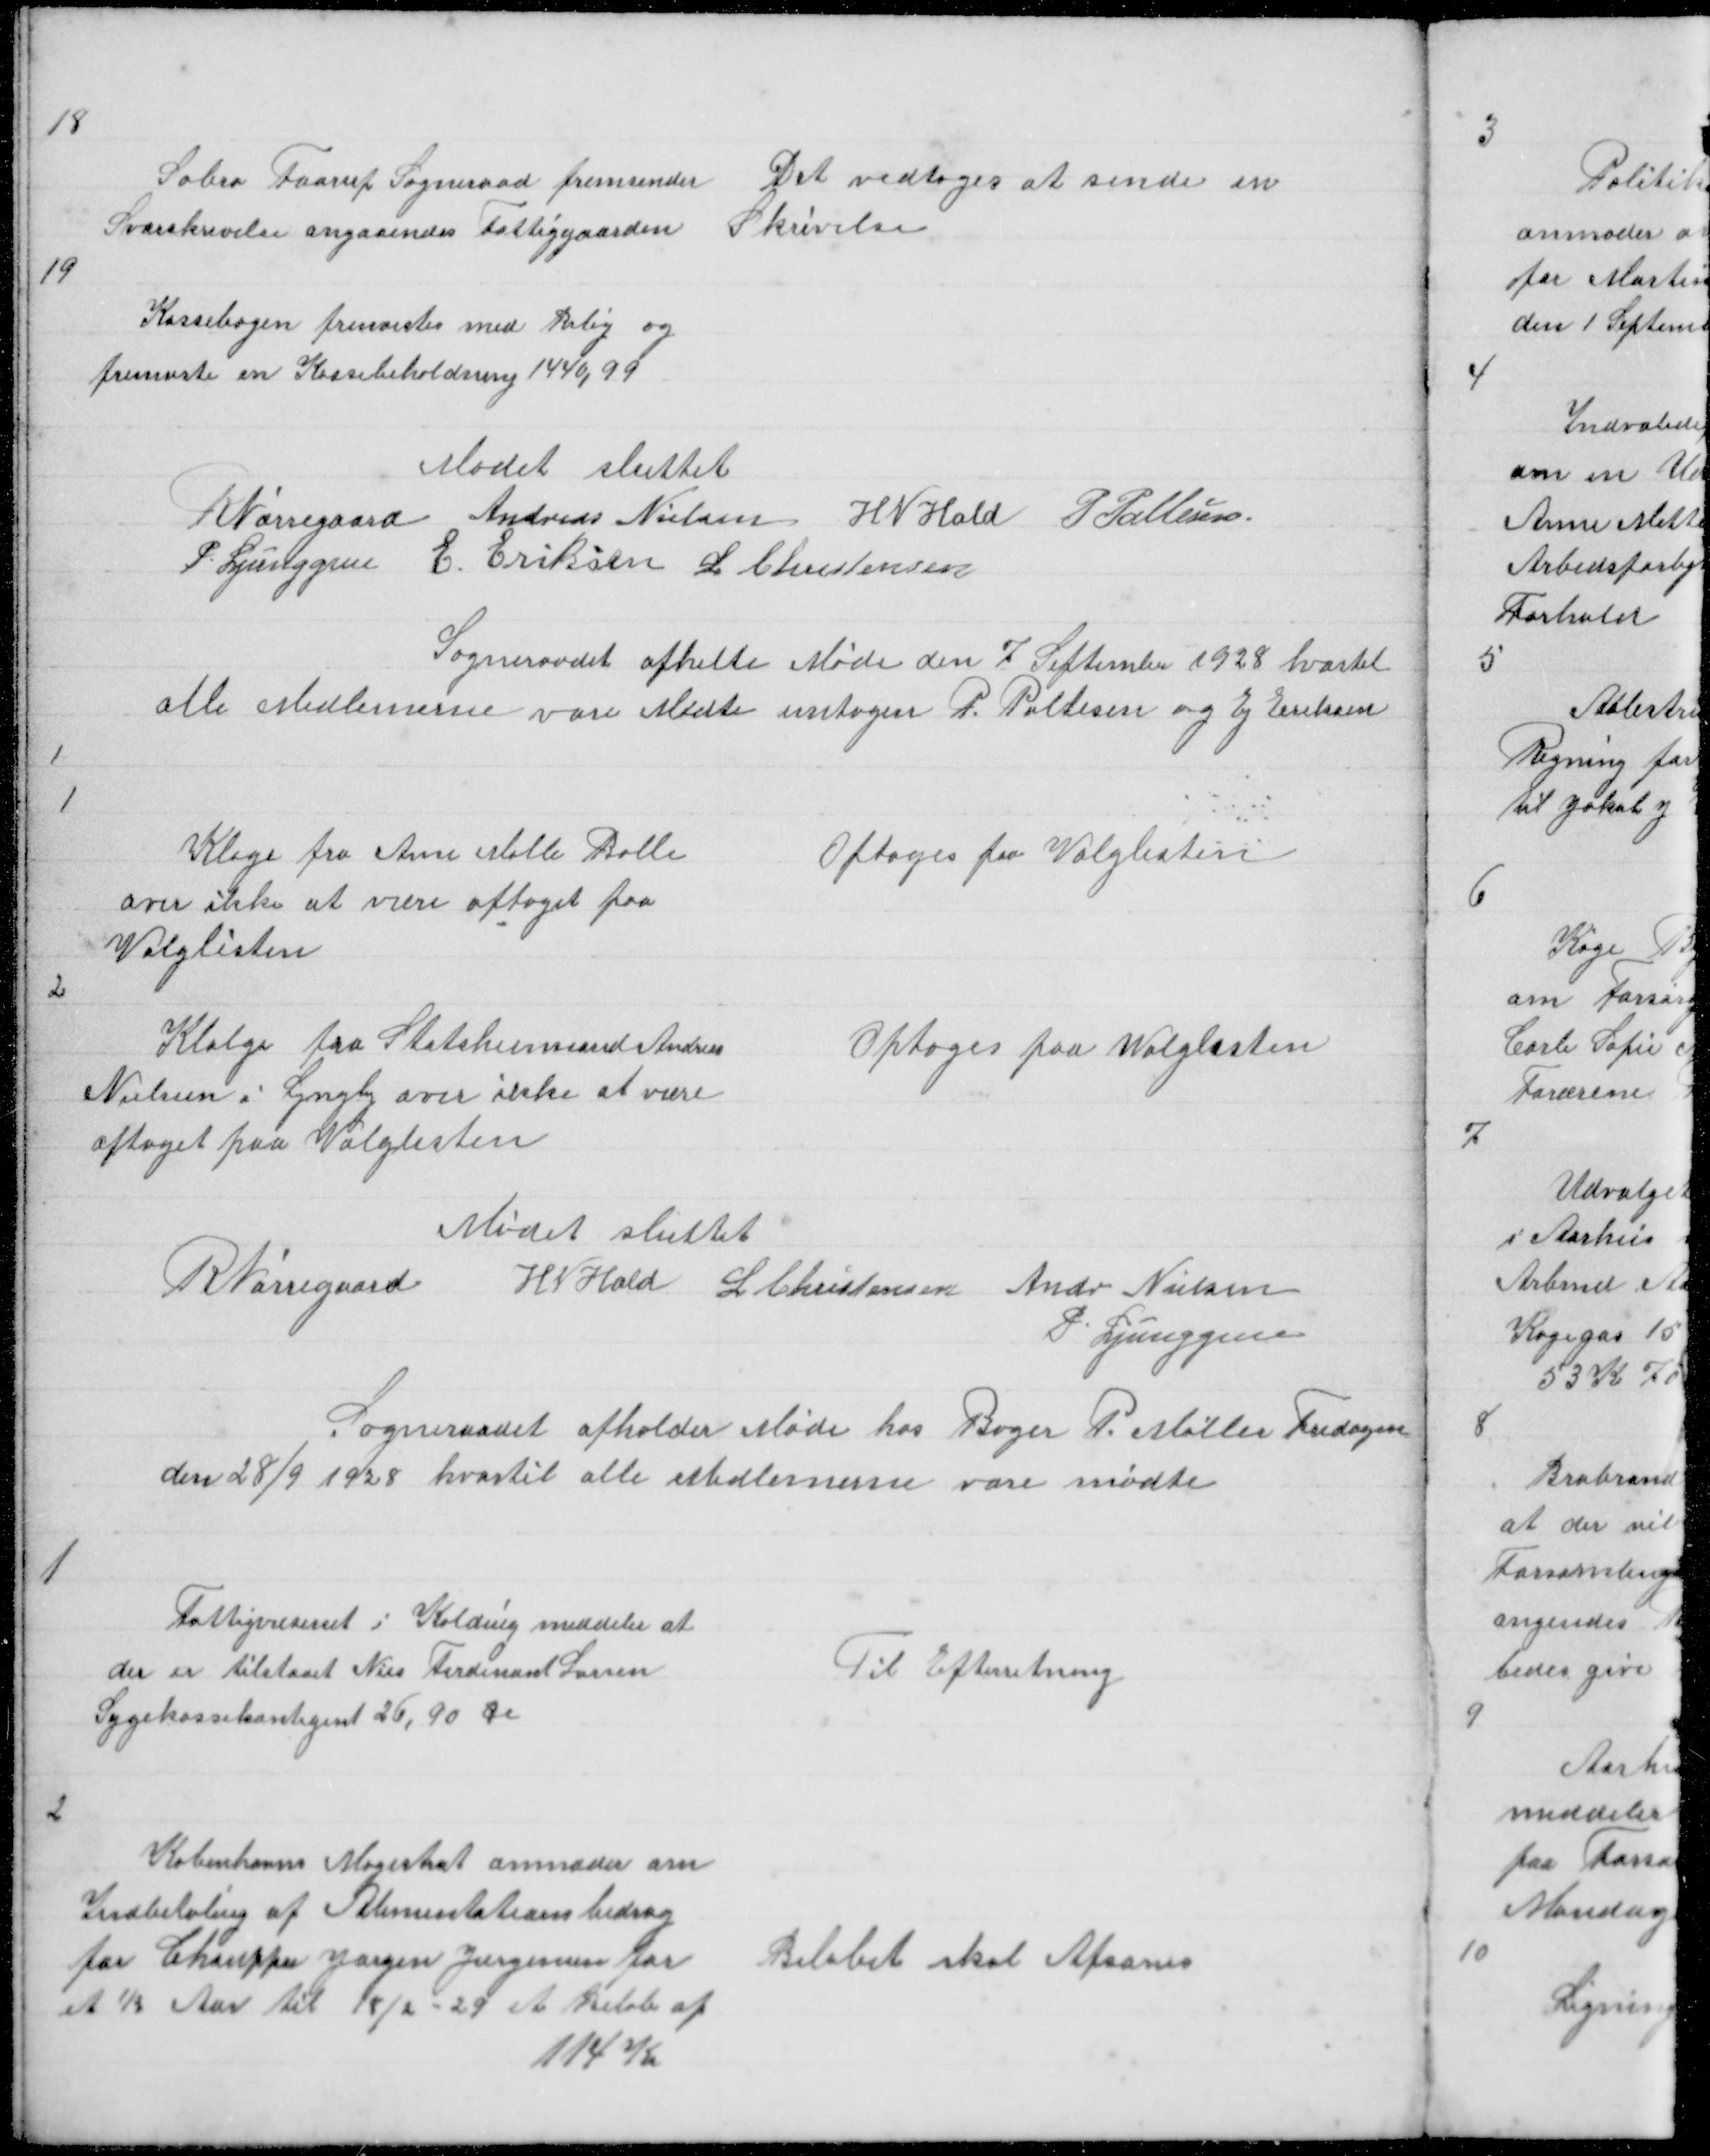
Transskription:
18

Sabro Faarup Sogneraad fremsender
Svarskrivelse angaaendes Fattiggaarden

Det vedtoges at sende en
Skrivelse

19

Kassebogen fremvistes med Bilig og
fremviste en Kassebeholdning 1440,99

Mødet sluttet
R Nørregaard Andreas Nielsen H N Hald P Pallesen
P. Ljunggren E Eriksen L Christensen

Sogneraadet afhelte Møde den 7 September  hvortil
alle Medlemerne vare Mødte untagen P Pallesen og Ej Eriksen

1

Klage fra Anne Mette Balle
over ikke at være optaget paa
Valglisten

Optoges paa Valglisten

2

Klalge fra Statshusmand Andreas
Nielsen i Lyngby over ikke at være
optaget paa Valglisten

Optoges paa Valglisten

Mødet sluttet
R Nørregaard H N Hald L Christensen Andr Nielsen
P. Ljunggren
Sogneraadet afholder Møde hos Bager P. Møller Fredagen
den 28/9 1928 hvortil alle Medlemerne vare mødte

1

Fattigvæsenet i Kolding meddeler at
der er tilstaaet Nies Ferdinand Larsen
Sygekassekontiget 26,90 Øre

Til Efterretning

2

Københavns Magistrat anmoder om
Indbetaling af Alimentationsbidrag
for Chauffør Jørgen Jørgensen for
et ½ Aar til 18/2 - 29 et Beløb af
114 K

Beløbet skal Afsones